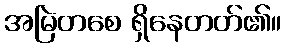
အမြဲတစေ ရှိနေတတ်၏။